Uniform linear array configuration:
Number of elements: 48
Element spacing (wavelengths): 1
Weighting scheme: cosine
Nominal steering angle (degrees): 60
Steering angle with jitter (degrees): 59.618
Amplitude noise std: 0.05
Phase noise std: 0.05

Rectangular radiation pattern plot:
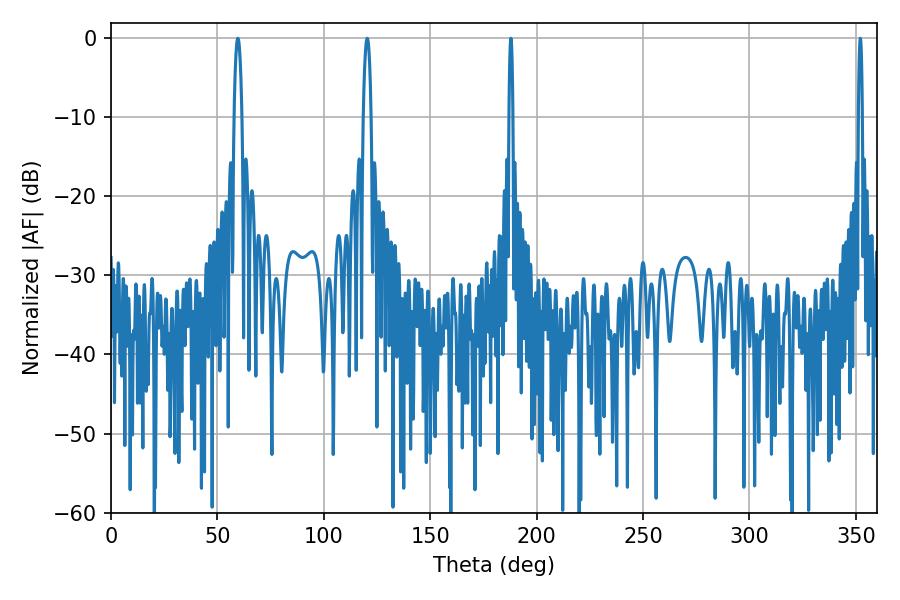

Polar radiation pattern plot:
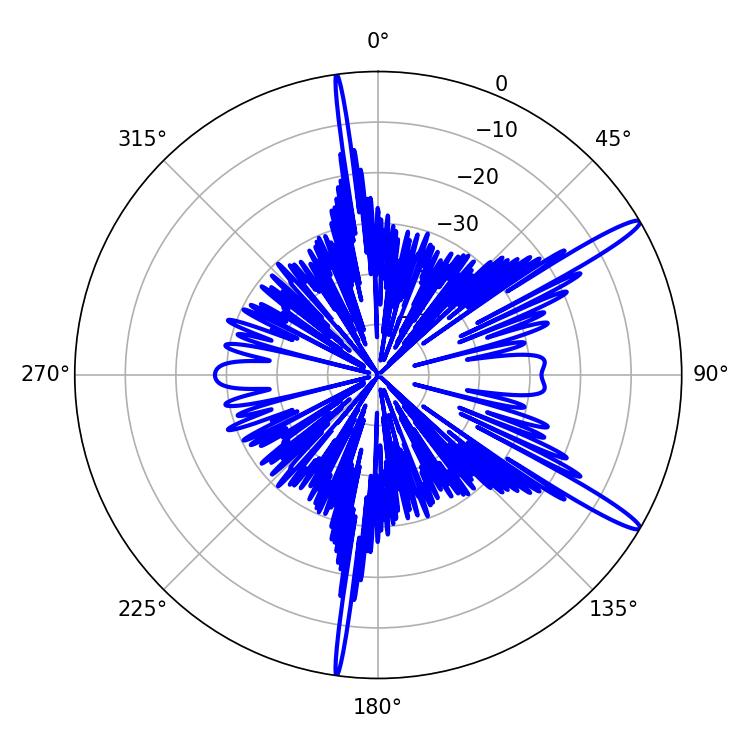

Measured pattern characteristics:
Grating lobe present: TRUE
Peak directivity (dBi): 14.841
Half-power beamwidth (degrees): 1.98
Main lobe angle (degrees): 59.58